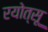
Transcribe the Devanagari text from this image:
रयोत्सू